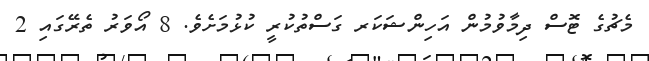
މެޗުގެ ޓޮސް ދިމާވުމުން އަހިންޝަކަރ ގަސްތުކުރީ ކުޅުމަށެވެ. 8 އޯވަރު ތެރޭގައި 2